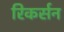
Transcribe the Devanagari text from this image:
रिकर्सन